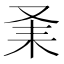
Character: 𠬽